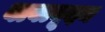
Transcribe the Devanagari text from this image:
बाबाबूदन